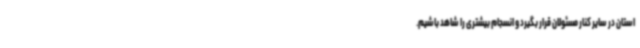
استان در سایر کنار مسئولان قرار بگیرد و انسجام بیشتری را شاهد باشیم.